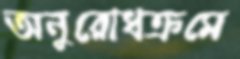
অনুরোধক্রমে